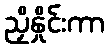
ညှိနှိုင်းကာ